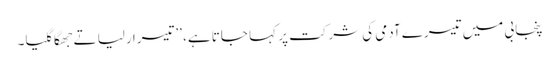
پنجابی میں تیسرے آدمی کی شرکت پر کہا جاتا ہے، ’’تیسرا رلیا تے جھگا گلیا۔